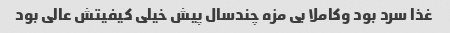
غذا سرد بود وکاملا بی مزه چندسال پیش خیلی کیفیتش عالی بود